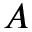
A